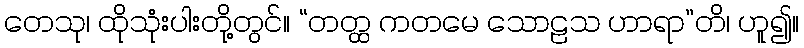
တေသု၊ ထိုသုံးပါးတို့တွင်။ “တတ္ထ ကတမေ သောဠသ ဟာရာ”တိ၊ ဟူ၍။